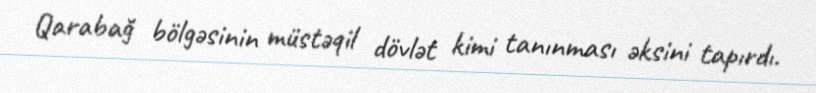
Qarabağ bölgəsinin müstəqil dövlət kimi tanınması əksini tapırdı.